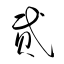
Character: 貮